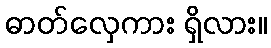
ဓာတ်လှေကား ရှိလား။